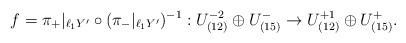
LaTeX: \begin{align*}f & =\pi_+|_{\ell_1 Y'}\circ (\pi_-|_{\ell_1 Y'})^{-1}: U_{(12)}^{-2}\oplus U_{(15)}^-\to U_{(12)}^{+1}\oplus U_{(15)}^+.\end{align*}